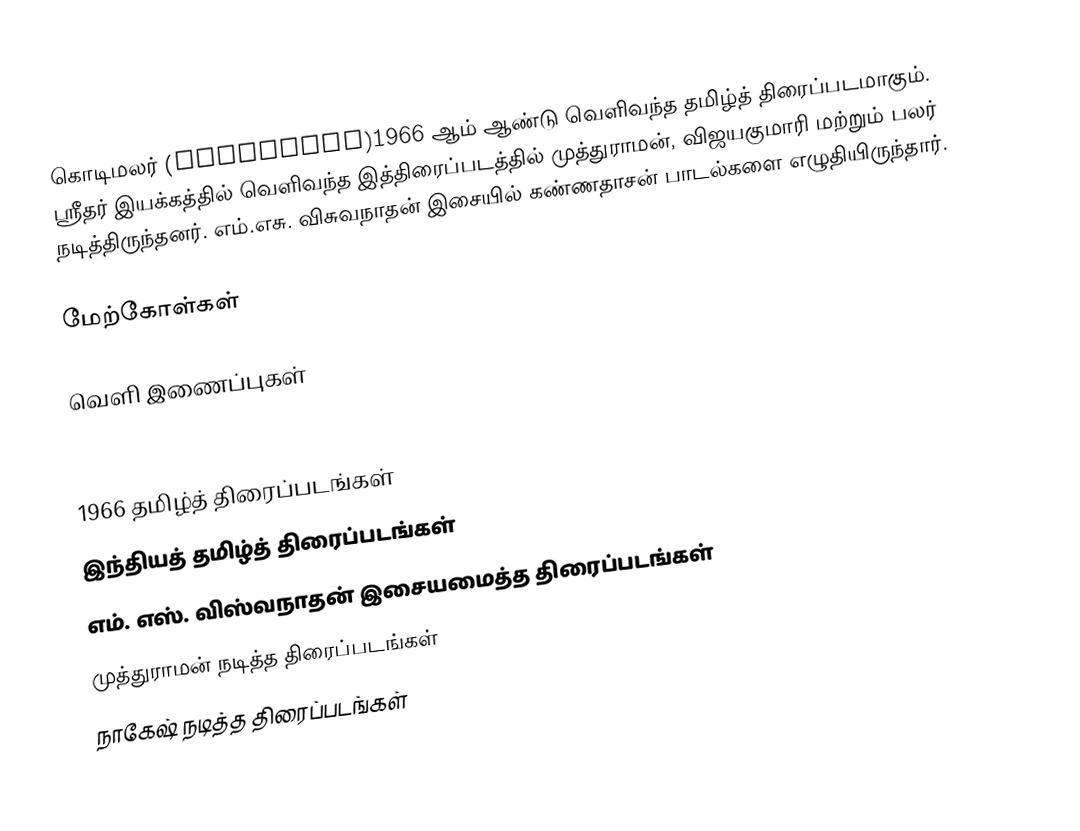
கொடிமலர் (Kodimalar)1966 ஆம் ஆண்டு வெளிவந்த தமிழ்த் திரைப்படமாகும். ஸ்ரீதர் இயக்கத்தில் வெளிவந்த இத்திரைப்படத்தில் முத்துராமன், விஜயகுமாரி மற்றும் பலர் நடித்திருந்தனர். எம்.எசு. விசுவநாதன் இசையில் கண்ணதாசன் பாடல்களை எழுதியிருந்தார்.

மேற்கோள்கள்

வெளி இணைப்புகள்

1966 தமிழ்த் திரைப்படங்கள்
இந்தியத் தமிழ்த் திரைப்படங்கள்
எம். எஸ். விஸ்வநாதன் இசையமைத்த திரைப்படங்கள்
முத்துராமன் நடித்த திரைப்படங்கள்
நாகேஷ் நடித்த திரைப்படங்கள்